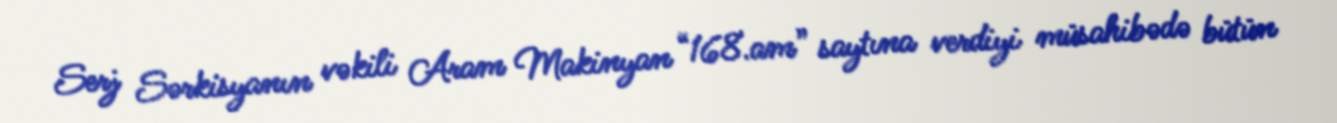
Serj Sərkisyanın vəkili Aram Makinyan “168.am” saytına verdiyi müsahibədə bütün